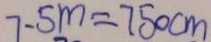
7 . 5 m = 7 5 0 c m